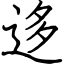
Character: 迻